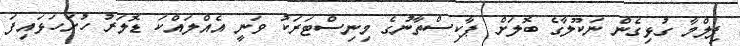
ފިލްމާ ގުޅިގެން ނަކޫލާގެ ބޮލަށް ޕާކިސްތާނުގެ މިނިސްޓަރަކު ވަނީ އެއްލައްކަ ޑޮލަރު ހުށަހަޅައިފަ